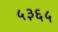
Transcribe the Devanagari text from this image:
५३६५